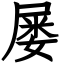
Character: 屡